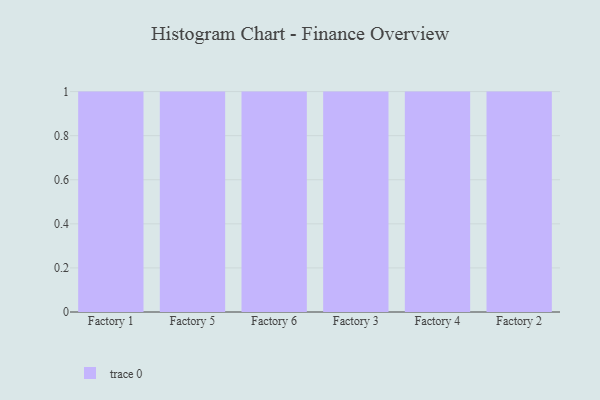
{"axis": {"x": "Factory", "y": "Shipments"}, "legend": [""], "data": [{"x": "Factory 1", "y": 76, "type": ""}, {"x": "Factory 5", "y": 59, "type": ""}, {"x": "Factory 6", "y": 42, "type": ""}, {"x": "Factory 3", "y": 78, "type": ""}, {"x": "Factory 4", "y": 7, "type": ""}, {"x": "Factory 2", "y": 65, "type": ""}]}